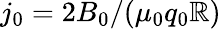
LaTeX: j_{0}=2B_{0}/(\mu_{0}q_{0}\mathbb{R})